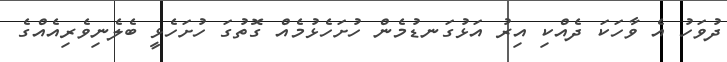
ދުވަހު އެ ވާހަކަ ދެއްކި އިރު އަޅުގަނޑުމެން ހުށަހެޅުމެއް ގޮތުގަ ހުށަހެޅީ ބެލެނިވެރިއެއްގެ